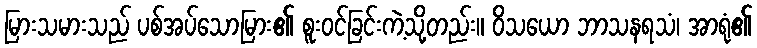
မြားသမားသည် ပစ်အပ်သောမြား၏ စူးဝင်ခြင်းကဲ့သို့တည်း။ ဝိသယော ဘာသနရသံ၊ အာရုံ၏